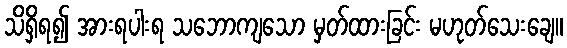
သိရှိရ၍ အားရပါးရ သဘောကျသော မှတ်ထားခြင်း မဟုတ်သေးချေ။